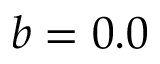
b = 0 . 0